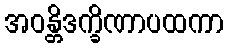
အဝန္တိဒက္ခိဏာပထကာ